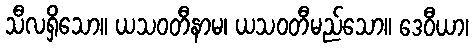
သီလရှိသော။ ယသဝတီနာမ၊ ယသဝတီမည်သော။ ဒေဝီယာ၊